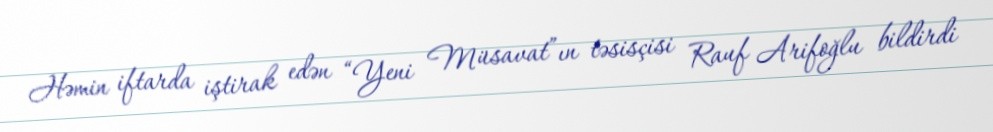
Həmin iftarda iştirak edən “Yeni Müsavat”ın təsisçisi Rauf Arifoğlu bildirdi